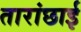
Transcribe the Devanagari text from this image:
तारांछाई